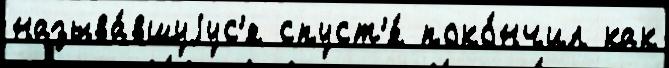
называ́вшуjус'я спуст'я́ поко́нчил как